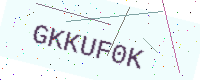
Text: GKKUF0K